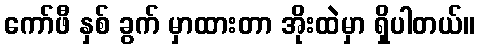
ကော်ဖီ နှစ် ခွက် မှာထားတာ အိုးထဲမှာ ရှိပါတယ်။